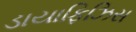
ડાયાફિઝિસ